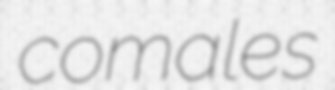
comales